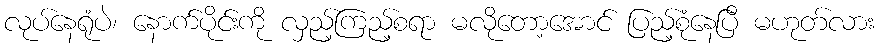
လုပ်နေရုံပဲ၊ နောက်ပိုင်းကို လှည့်ကြည့်စရာ မလိုတော့အောင် ပြည့်စုံနေပြီ မဟုတ်လား